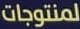
لمنتوجات